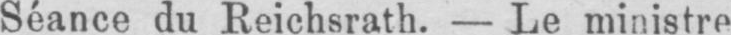
Séance du Reichsrath. - Le ministre